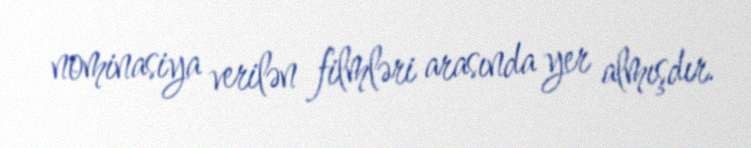
nominasiya verilən filmləri arasında yer almışdır.